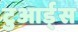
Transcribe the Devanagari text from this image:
टुआर्ड्स